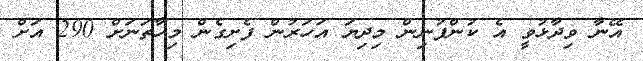
އޭނާ ވިދާޅުވީ އެ ކުންފުނިން މިދިޔަ އަހަރުން ފެށިގެން މިހާތަނަށް 290 އަށް